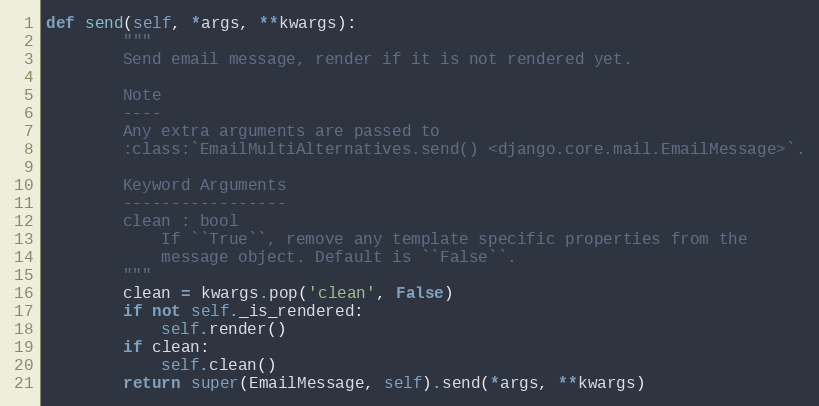
Language: Python
def send(self, *args, **kwargs):
        """
        Send email message, render if it is not rendered yet.

        Note
        ----
        Any extra arguments are passed to
        :class:`EmailMultiAlternatives.send() <django.core.mail.EmailMessage>`.

        Keyword Arguments
        -----------------
        clean : bool
            If ``True``, remove any template specific properties from the
            message object. Default is ``False``.
        """
        clean = kwargs.pop('clean', False)
        if not self._is_rendered:
            self.render()
        if clean:
            self.clean()
        return super(EmailMessage, self).send(*args, **kwargs)